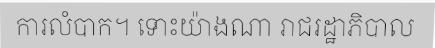
ការលំបាក។ ទោះយ៉ាងណា រាជរដ្ឋាភិបាល